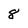
Character: 8